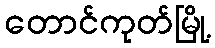
တောင်ကုတ်မြို့